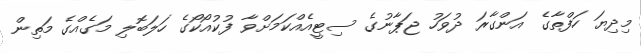
މިދިޔަ ހަފްތާގެ އަންގާރަ ދުވަހު ޖަޕާނުގެ ސިޓީއެއްކަމަށްވާ ފުކުއޯކޯގެ ހަލަބޮލި މަގެއްގެ މަތިން